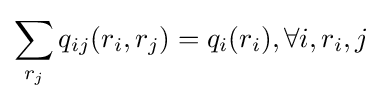
\sum _{r_{j}}q_{ij}(r_{i},r_{j})=q_{i}(r_{i}),\forall i,r_{i},j